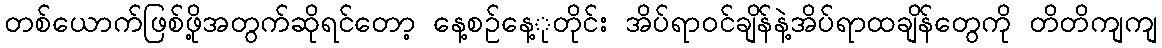
တစ်ယောက်ဖြစ်ဖို့အတွက်ဆိုရင်တော့ နေ့စဉ်နေ့ုတိုင်း အိပ်ရာဝင်ချိန်နဲ့အိပ်ရာထချိန်တွေကို တိတိကျကျ